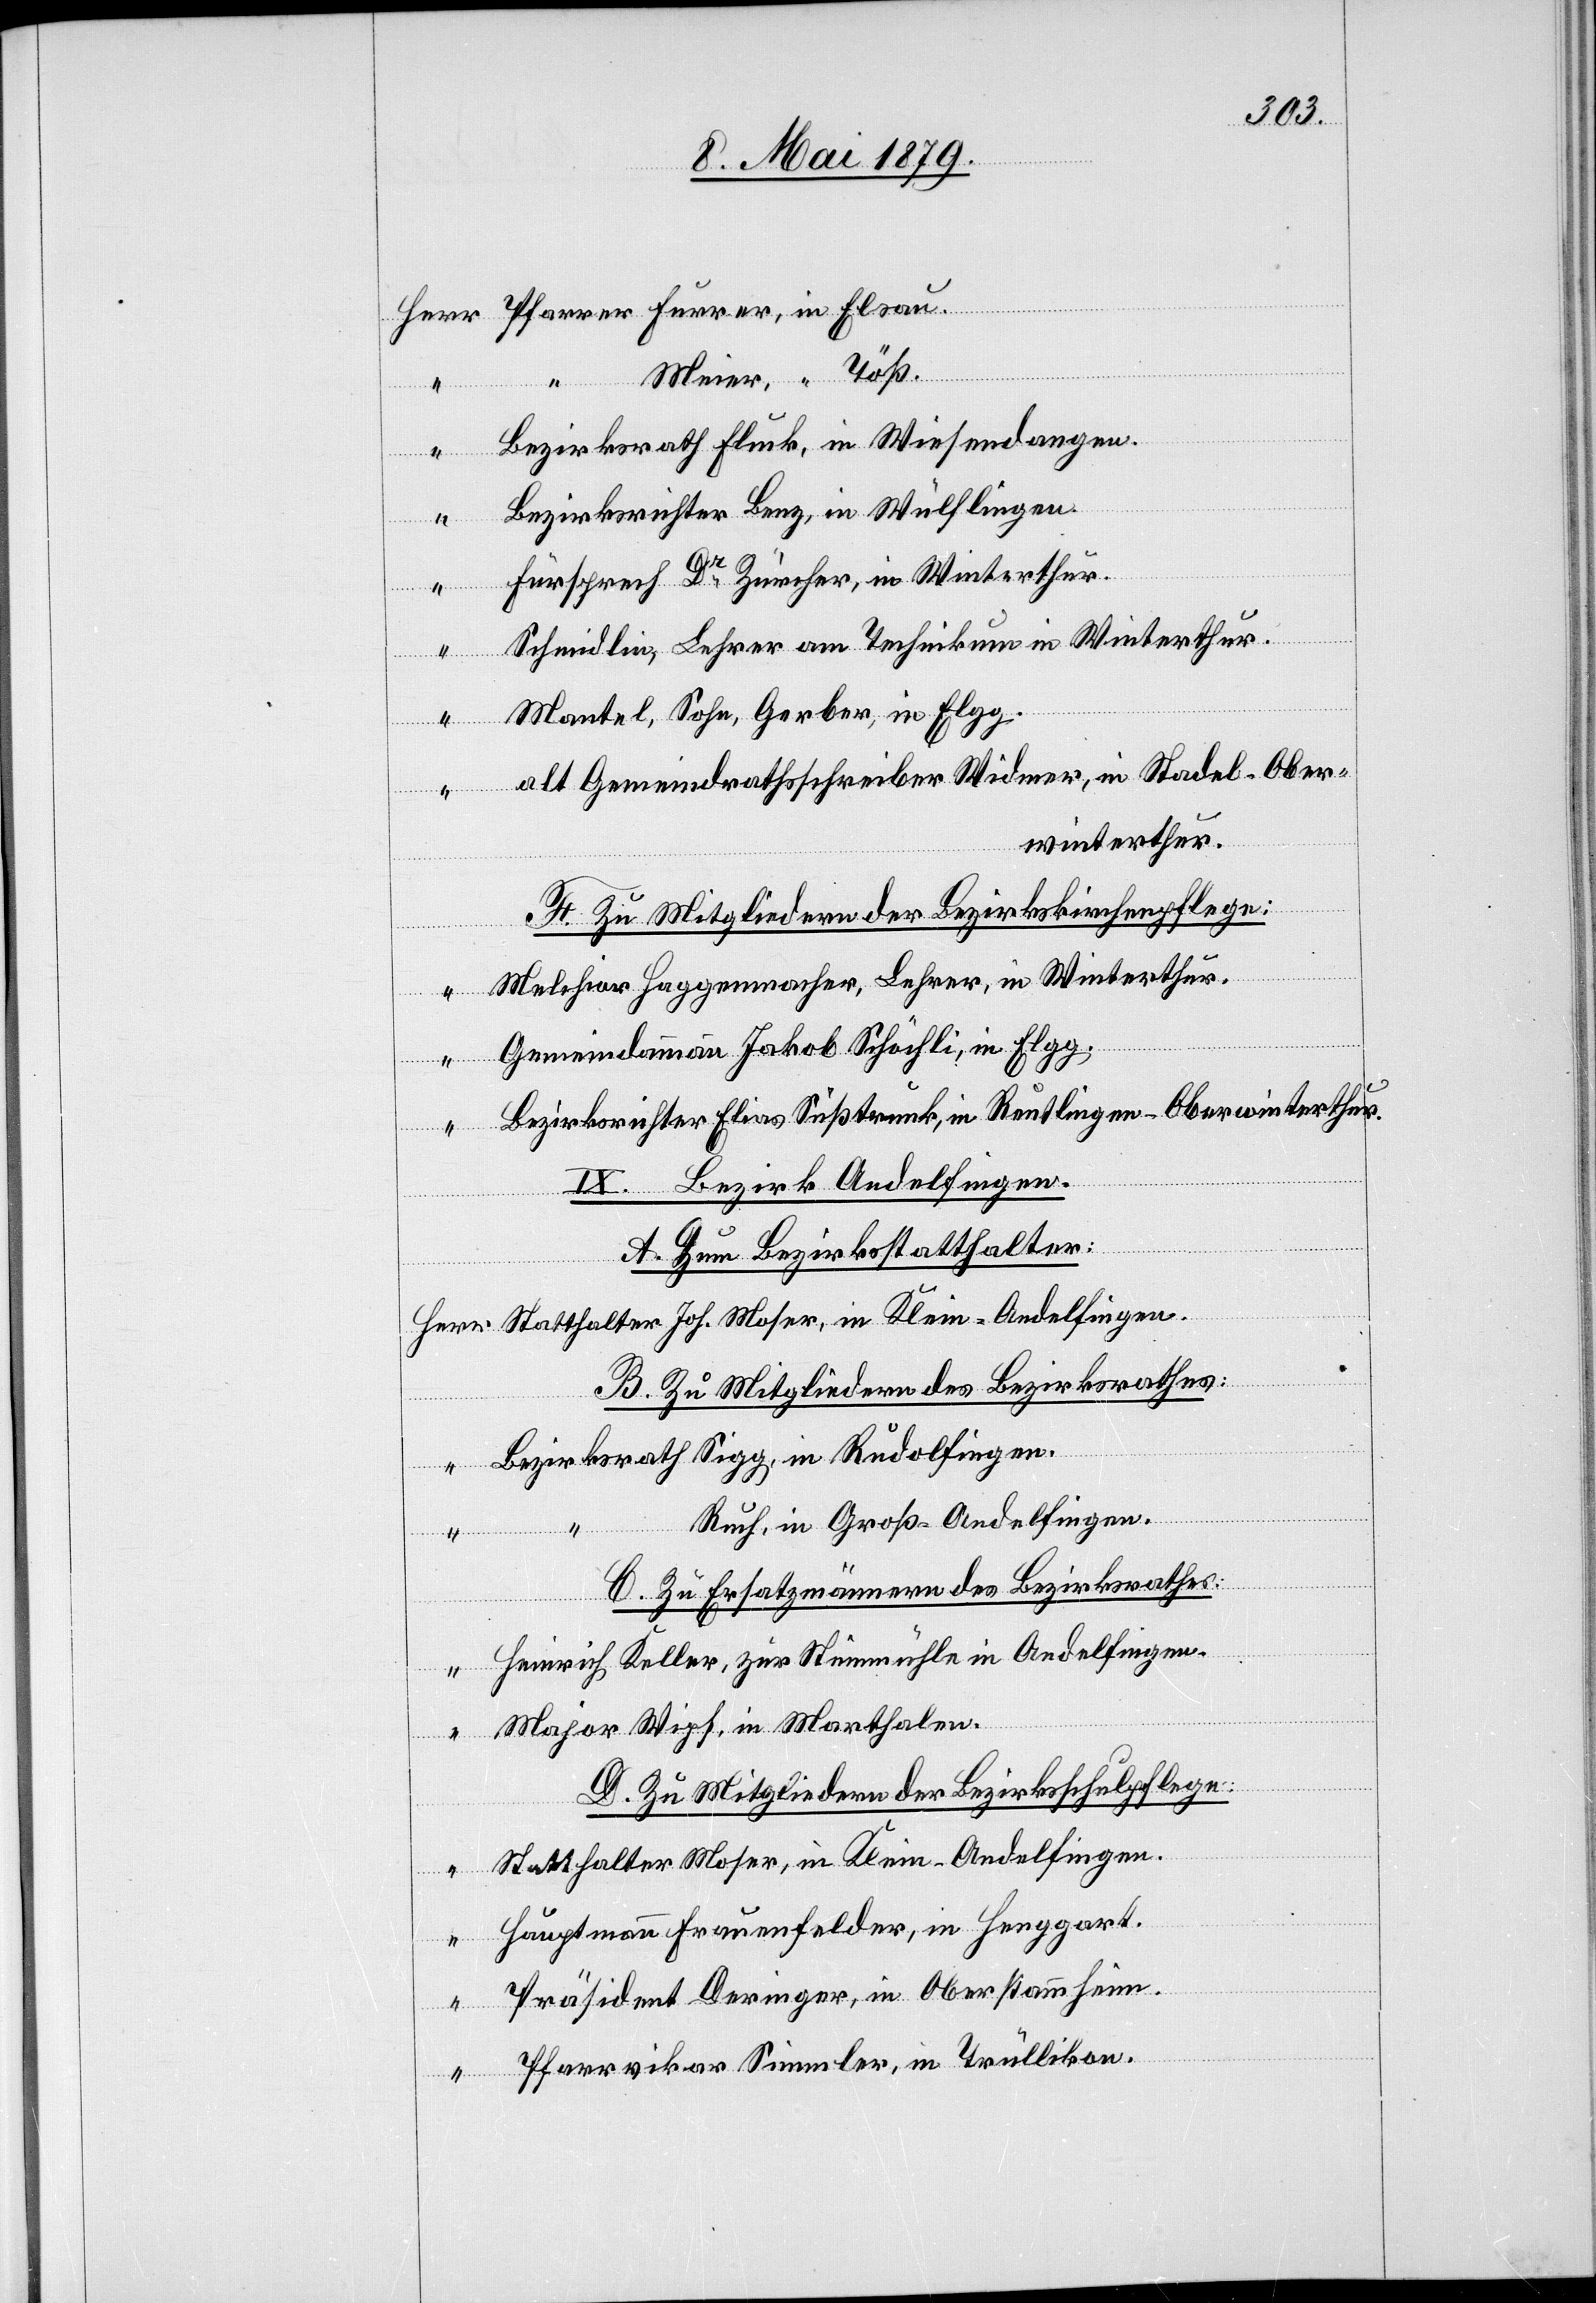
in

Meier, “ Töß.
Bezirksrath Fluck, in Wiesendangen.
Elsau.
Bezirksrichter Benz, in Wülflingen.
Fürsprech Dr Zürcher, in Winterthur.
Schmidlin, Lehrer am Technikum in Winterthur.
Mantel, Sohn, Gerber, in Elgg.
“
alt Gemeindrathsschreiber Widmer, in Stadel - Ober¬
winterthur.
F. Zu Mitgliedern der Bezirkskirchenpflege:
Melchior Haggenmacher, Lehrer, in Winterthur.
Gemeindammann Jakob Schöchli, in Elgg.
Bezirksrichter Elias Süßtrunk, in Reutlingen - Oberwinterthur.
IX. Bezirk Andelfingen.
A. Zum Bezirksstatthalter:
Statthalter Joh. Moser, in Klein-Andelfingen.
B. Zu Mitgliedern des Bezirksrathes:
Bezirksrath Sigg, in Rudolfingen.
Ruch, in Groß-Andelfingen.
Pfarrer Furrer,
C. Zu Ersatzmännern des Bezirksrathes:
Heinrich Keller, zur Steinmühle in Andelfingen.
“
Major Wipf, in Marthalen.
D. Zu Mitgliedern der Bezirksschulpflege:
Statthalter Moser, in Klein-Andelfingen.
“
Hauptmann Frauenfelder, in Henggart.
“
Präsident Deringer, in Oberstammheim.
Pfarrvikar Simmler, in Trüllikon.